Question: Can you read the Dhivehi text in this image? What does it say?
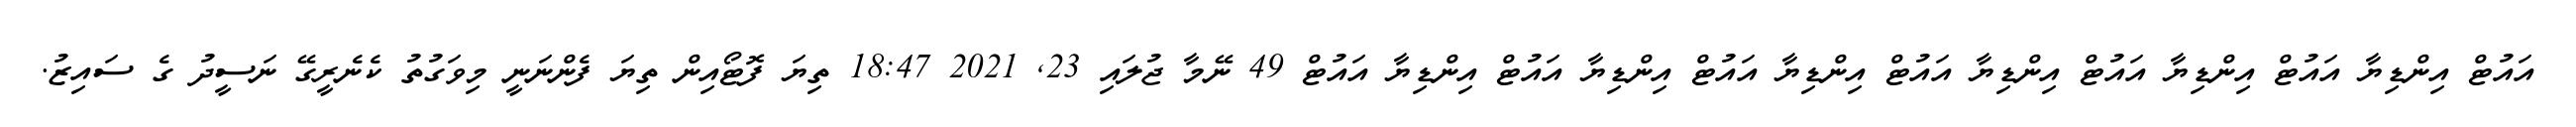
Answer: އައުޓް އިންޑިޔާ އައުޓް އިންޑިޔާ އައުޓް އިންޑިޔާ އައުޓް އިންޑިޔާ އައުޓް އިންޑިޔާ އައުޓް އިންޑިޔާ އައުޓް 49 ނޭމާ ޖުލައި 23, 2021 18:47 ތިޔަ ފޮޓޯއިން ތިޔަ ފެންނަނީ މިވަގުތު ކެނެރީގޭ ނަސީދު ގެ ސައިޒު.